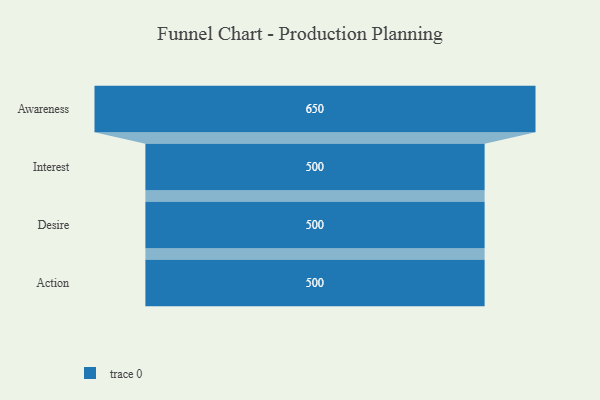
{"axis": {"x": "Stage", "y": "Value"}, "legend": [""], "data": [{"x": "Awareness", "y": 650.0, "type": ""}, {"x": "Interest", "y": 500, "type": ""}, {"x": "Desire", "y": 500, "type": ""}, {"x": "Action", "y": 500, "type": ""}]}